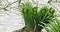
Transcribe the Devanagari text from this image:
५६०५